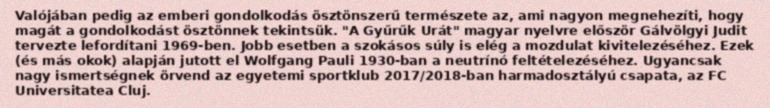
Valójában pedig az emberi gondolkodás ösztönszerű természete az, ami nagyon megnehezíti, hogy magát a gondolkodást ösztönnek tekintsük. "A Gyűrűk Urát" magyar nyelvre először Gálvölgyi Judit tervezte lefordítani 1969-ben. Jobb esetben a szokásos súly is elég a mozdulat kivitelezéséhez. Ezek (és más okok) alapján jutott el Wolfgang Pauli 1930-ban a neutrínó feltételezéséhez. Ugyancsak nagy ismertségnek örvend az egyetemi sportklub 2017/2018-ban harmadosztályú csapata, az FC Universitatea Cluj.